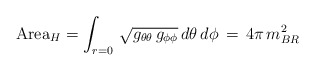
\begin{align*}\mbox{Area}_H = \int_{r=0} \, \sqrt{g_{\theta\theta}\,g_{\phi\phi}}\,d\theta \,d\phi \, = \, 4\pi \, m_{BR}^2\end{align*}